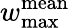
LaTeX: w_{\mathrm{max}}^{\mathrm{mean}}